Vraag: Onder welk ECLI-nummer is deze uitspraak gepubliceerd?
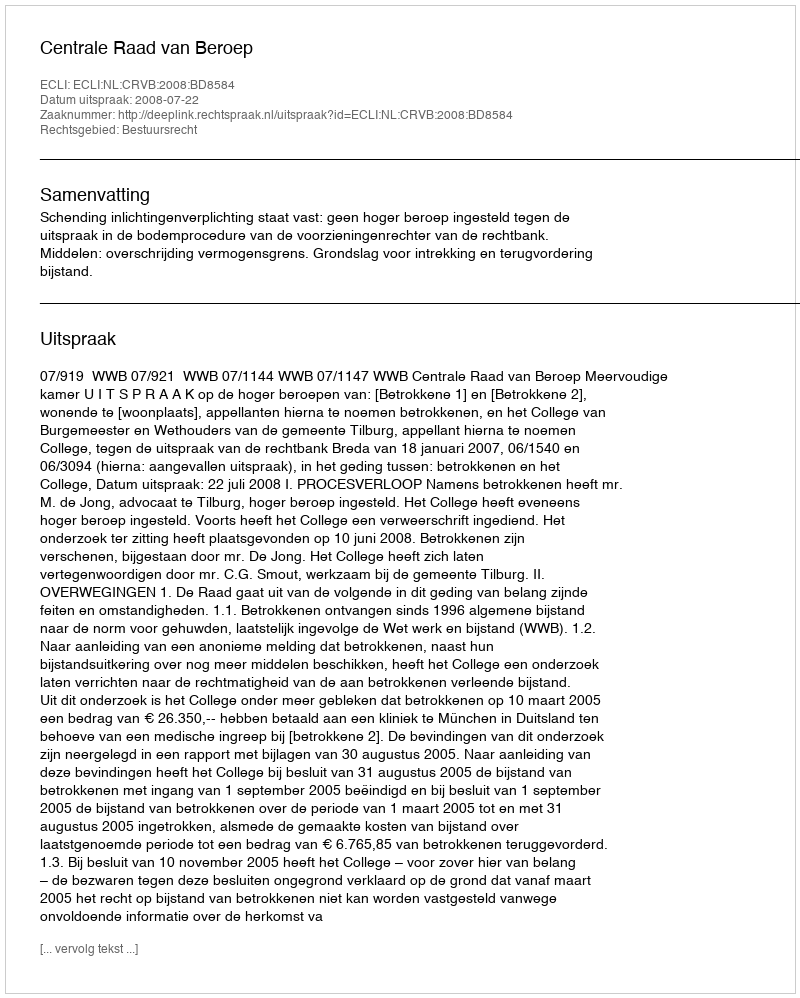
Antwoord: ECLI:NL:CRVB:2008:BD8584